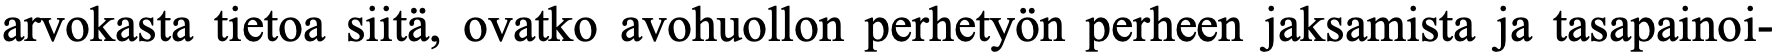
arvokasta tietoa siitä, ovatko avohuollon perhetyön perheen jaksamista ja tasapainoi-